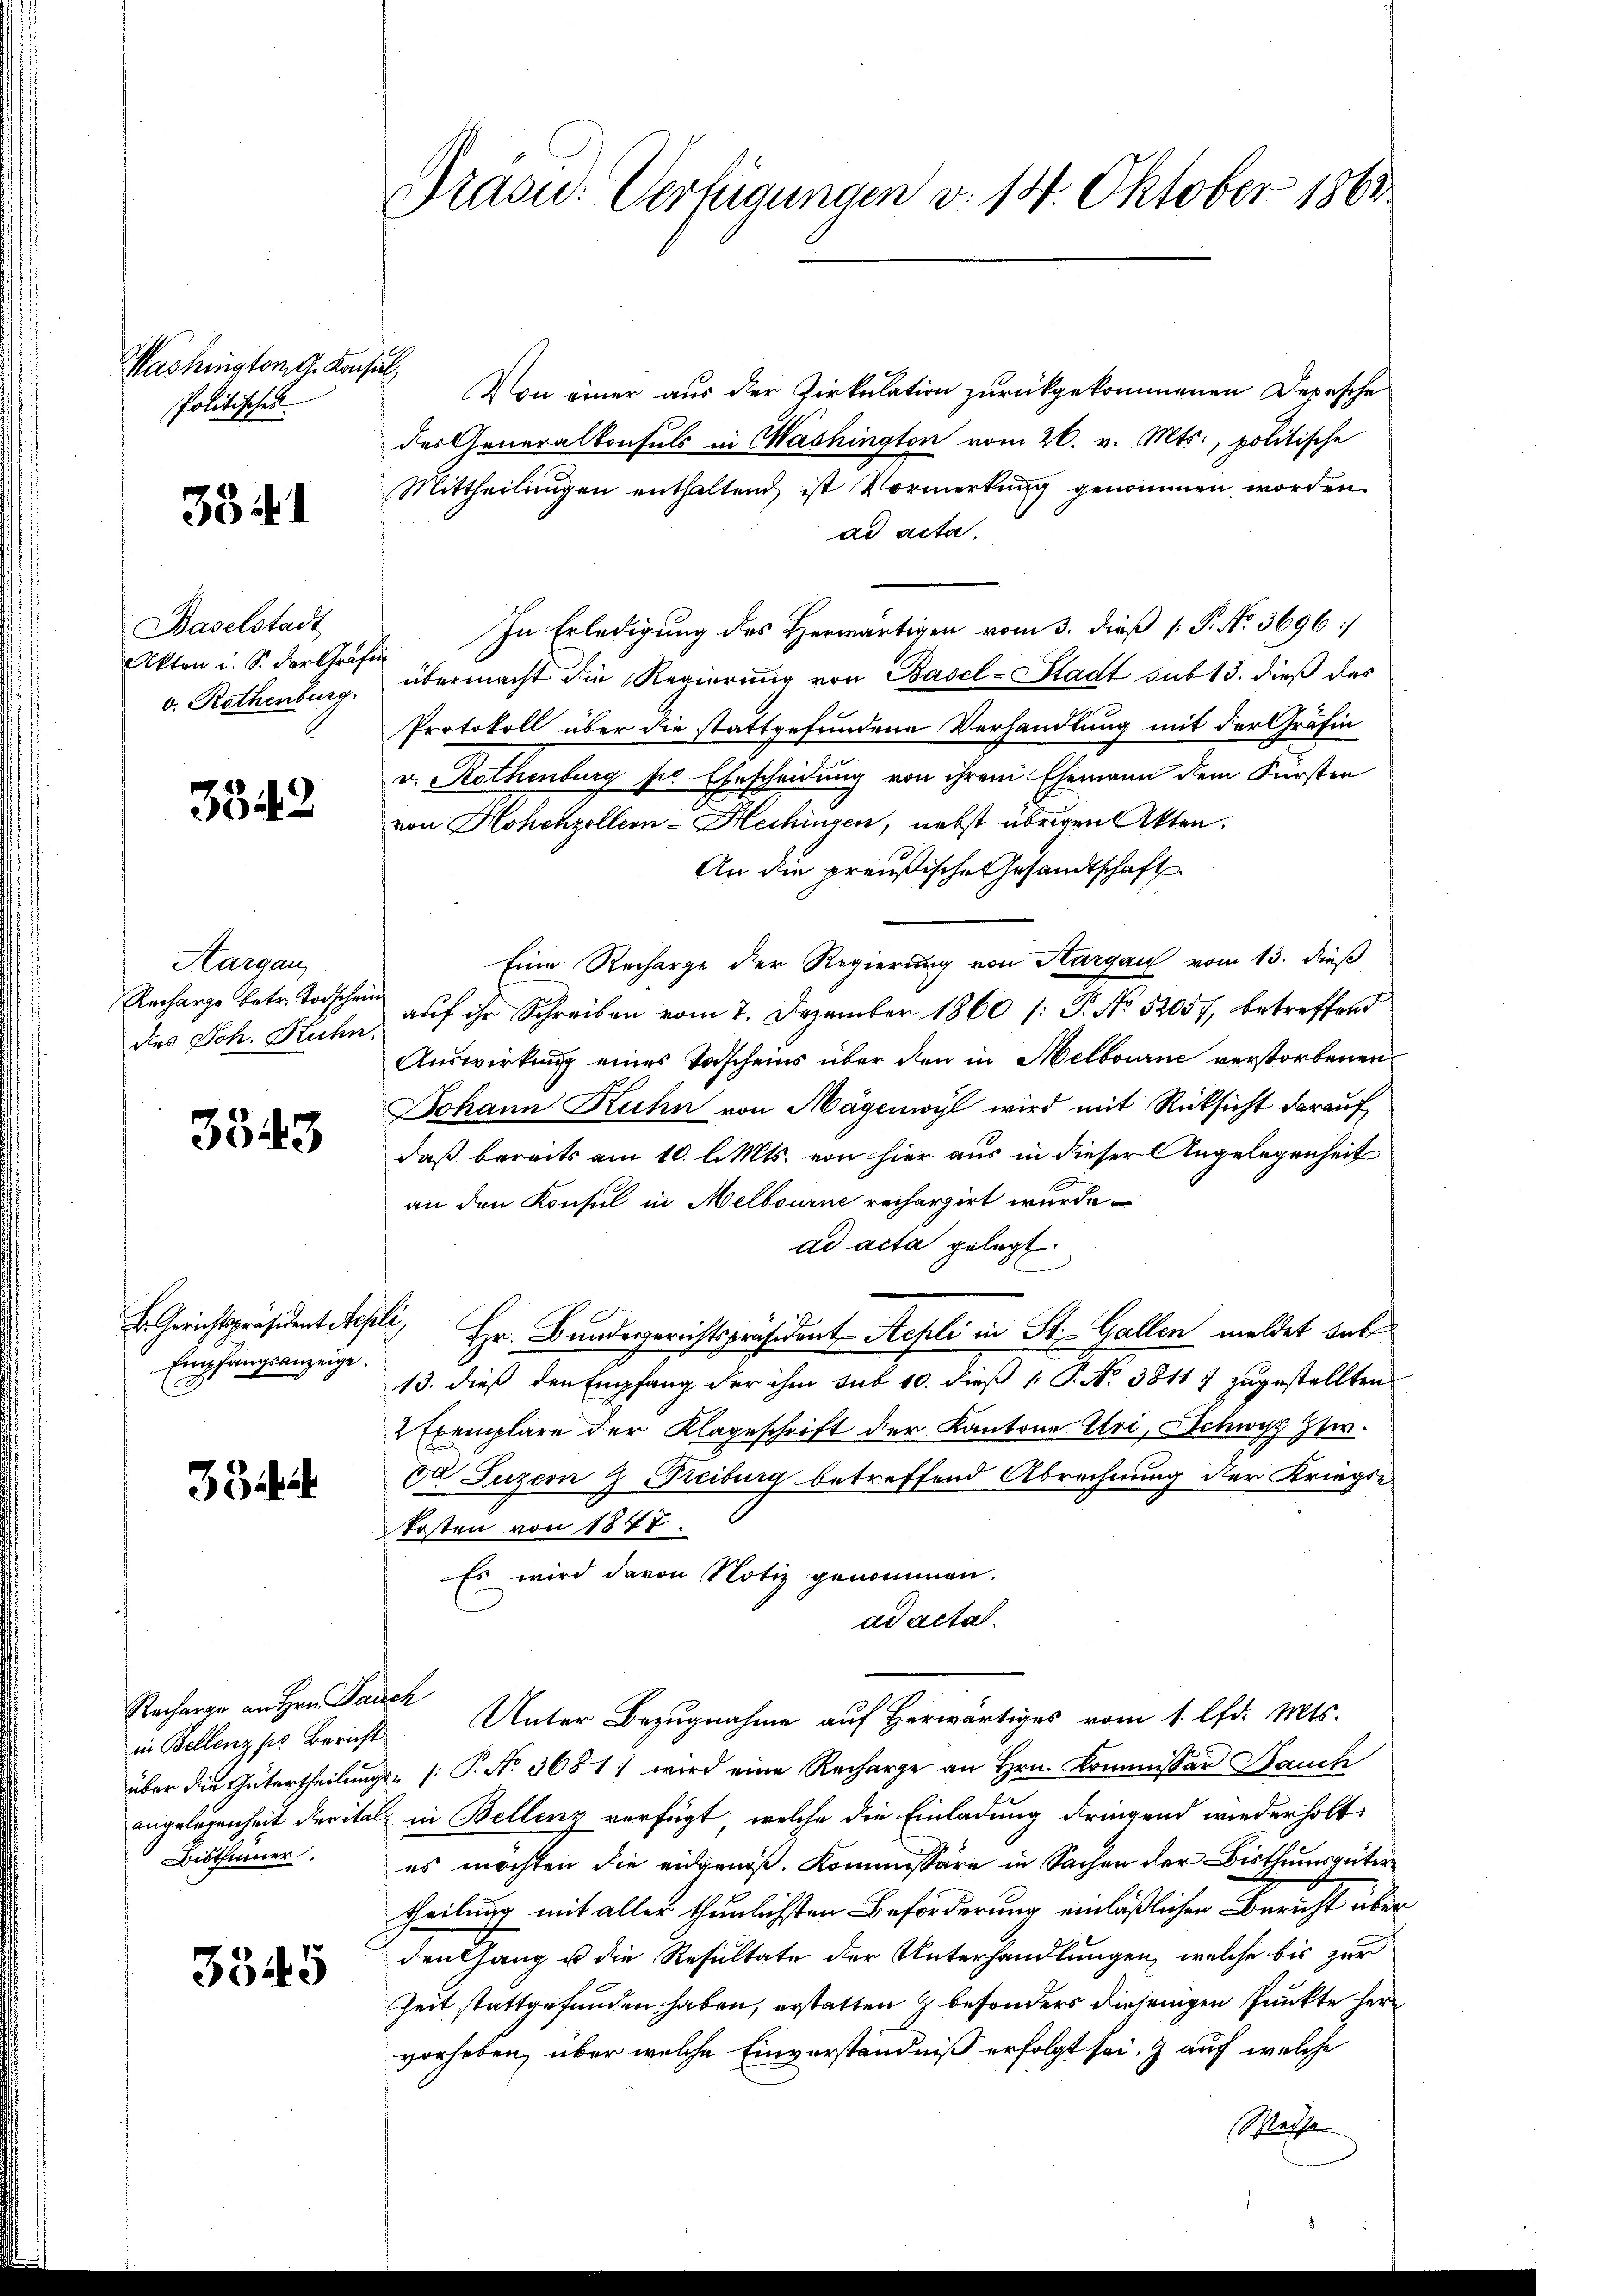
Washington G. Konsul
Politisches

3341

Baselstadt
Akten u. S. der Graf
v. Rothenburg.

3342

Aargau,
Recharge betr. Todschen
des Joh. Huhn

3343

E. Gerichtspräsident Alpe
Empfangsanzeige.

33

Recharge an Hrn. Pauch
in Bellenz sie Bericht
Bisthümer.

3345

Präsid.: Verfügungen v. 14. Oktober 1862

Von einer aus der Zirkulation zurückgekommenen Depesche
des Generalkonsuls in Washington vom 26. v. Mts., politische
Mittheilungen enthaltend ist Vormerkung genommen worden
ad acta.
In Erledigung des Herwärtigen vom 3. dieß P. No. 3696/
übermacht die Regierung von Basel-Stadt sub 13. dieß das
Protokoll über die stattgefundene Verhandlung mit der Gräfin
v. Rothenburg po Ehescheidung von ihrem Ehemann dem Fürsten
von Hohenzollern-Hechingen, nebst übrigen Akten.
An die preußische Gesandtschaft
Eine Recharge der Regierung von Aargau vom 13. dieß
auf ihr Schreiben vom 7. Dezember 1860 (: P. No 5205/, betreffend
Auswirkung eines Todscheins über den in Melbourne verstorbenen
Johann Kuhn von Mägenwyl wird mit Rücksicht darauf
daß bereits am 10. l. Mts. von hier aus in dieser Angelegenheit
an den Konsul in Melbourne rechargirt wurde.
ad acta gelegt.
E. Hr. Bundesgerichtspräsident Aepli in St. Gallen meldet sub
13. dieß den Empfang der ihm sub 10. dieß P. No 38117 zugestellten
2 Exemplare der Klageschrift der Kantone Uri, Schwyz Ztw.
Ed Luzern 2. Freiburg betreffend Abrechnung der Kriegse
kosten von 1847.
Es wird davon Notiz genommen.
ad acta.
Unter Bezugnahme auf Herwärtiges vom 1. lfd. Mts.
über die Gütertheilungs- [ P. Nr. 3681) wird eine Recharge an Hrn. Kommissär Bauch
angelegenheit der ital in Bellenz verfügt, welche die Einladung dringend wiederholt,
es möchten die eidgenoß, Kommissäre in Sachen der Bisthumsgüter
Theilung mit aller thunlichsten Beförderung einläßlichen Bericht über
denhang u die Resultate der Unterhandlungen, welche bis zur
Zeit stattgefunden haben, erstatten & besonders diejenigen Punkte herz
vorheben, über welche Einverständniß erfolgt sei, & auf welche
Weise